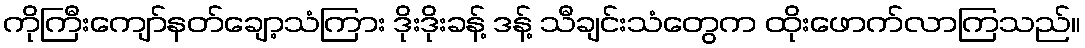
ကိုကြီးကျော်နတ်ချော့သံကြား ဒိုးဒိုးခန့် ဒန့် သီချင်းသံတွေက ထိုးဖောက်လာကြသည်။